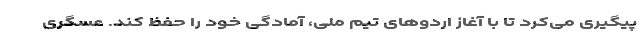
پیگیری می‌کرد تا با آغاز اردوهای تیم ملی، آمادگی خود را حفظ کند. عسگری